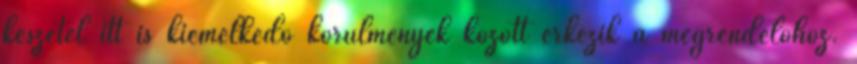
készétel itt is kiemelkedő körülmények között érkezik a megrendelőhöz.